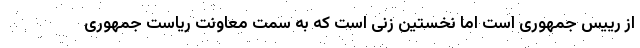
از رییس جمهوری است اما نخستین زنی است که به سمت معاونت ریاست جمهوری